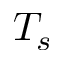
T _ { s }